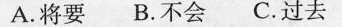
A.将要B.不会C.过去